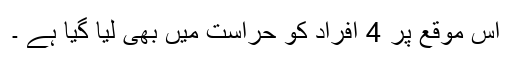
اس موقع پر 4 افراد کو حراست میں بھی لیا گیا ہے ۔